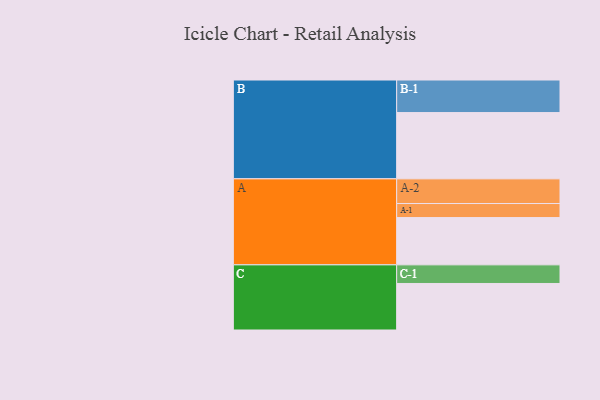
{"axis": {"x": "Segment", "y": "Value"}, "legend": ["", "A", "B", "C"], "data": [{"x": "A", "y": 383, "type": ""}, {"x": "B", "y": 537, "type": ""}, {"x": "C", "y": 377, "type": ""}, {"x": "A-1", "y": 114, "type": "A"}, {"x": "A-2", "y": 200, "type": "A"}, {"x": "B-1", "y": 264, "type": "B"}, {"x": "C-1", "y": 151, "type": "C"}]}